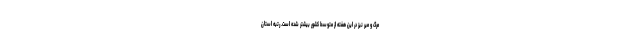
مرگ و میر نیز در این هفته از متوسط کشور بیشتر شده است. رتبه استان